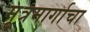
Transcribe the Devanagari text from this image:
मूत्रमार्गाचा